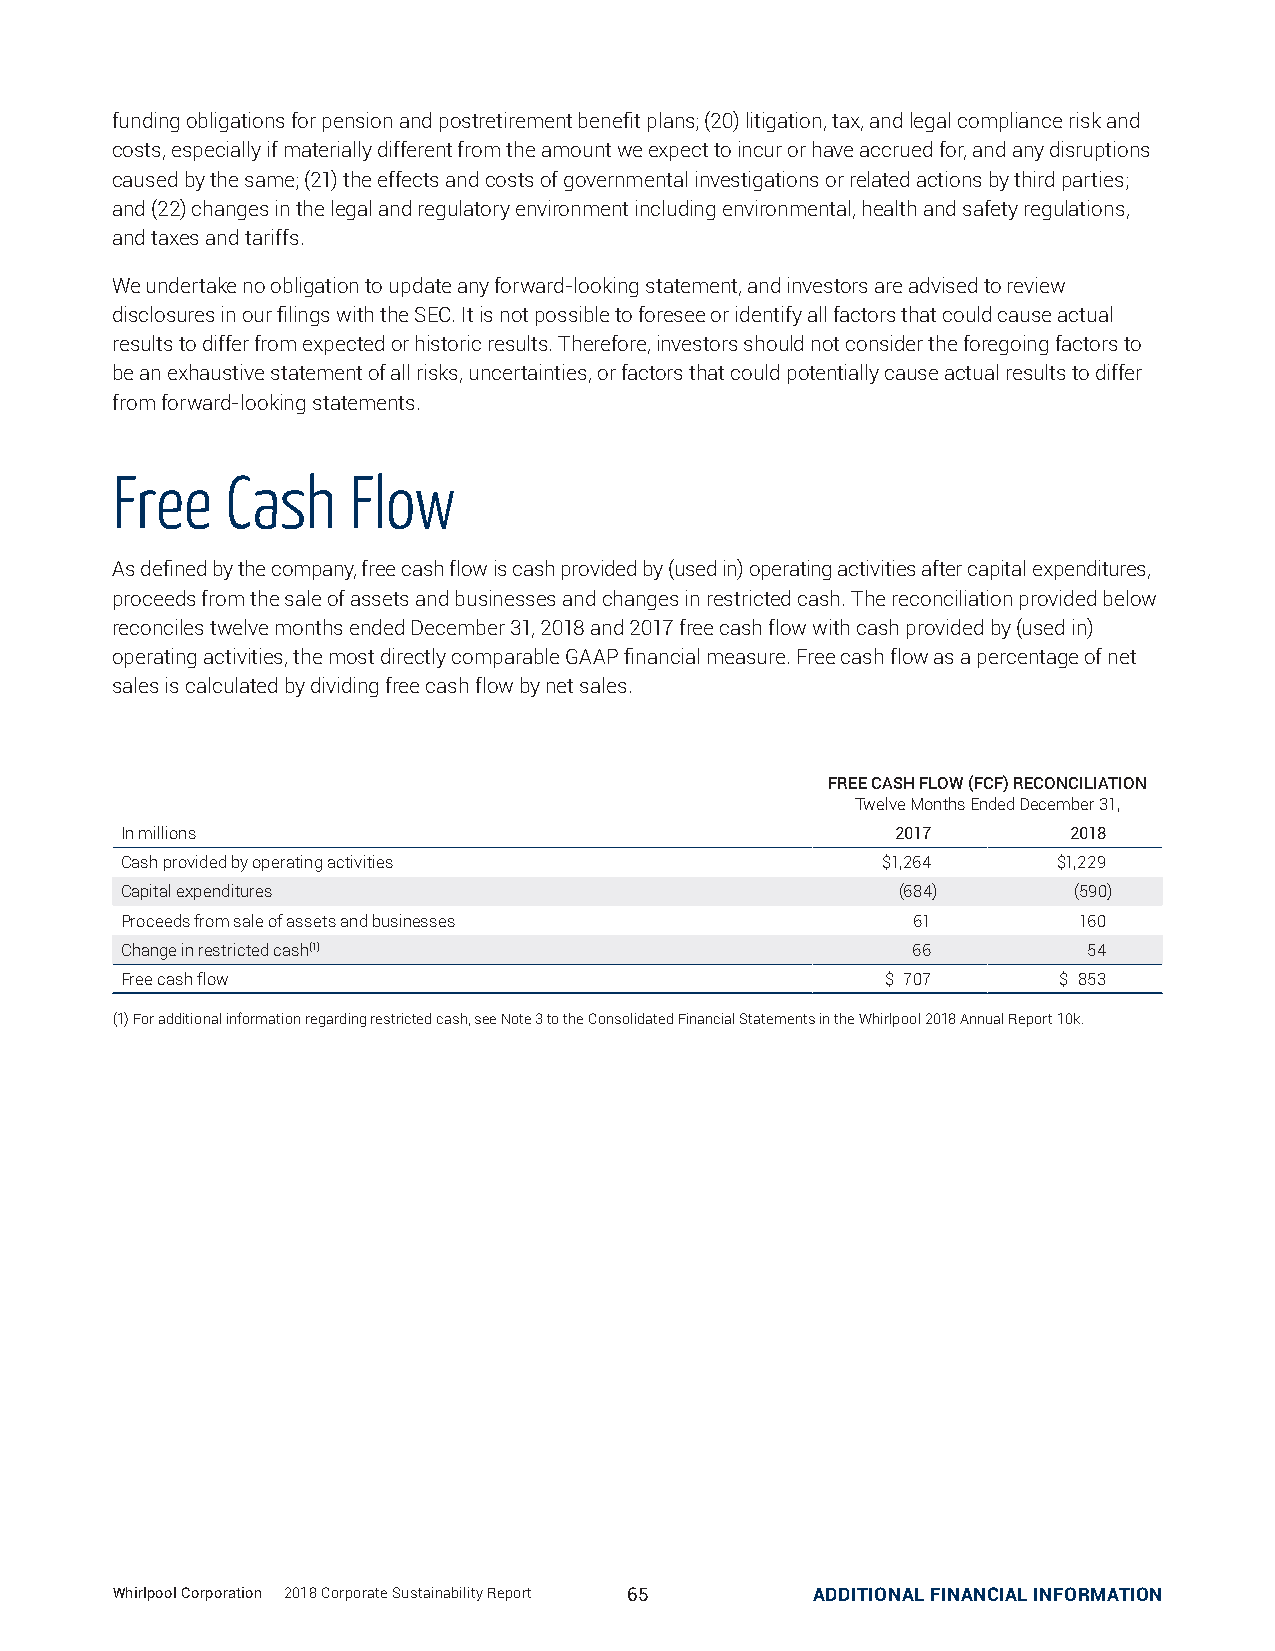
funding obligations for pension and postretirement benefit plans; (20) litigation, tax, and legal compliance risk and
 costs, especially if materially different from the amount we expect to incur or have accrued for, and any disruptions
 caused by the same; (21) the effects and costs of governmental investigations or related actions by third parties;
 and (22) changes in the legal and regulatory environment including environmental, health and safety regulations,
 and taxes and tariffs.
 We undertake no obligation to update any forward-looking statement, and investors are advised to review
 disclosures in our filings with the SEC. It is not possible to foresee or identify all factors that could cause actual
 results to differ from expected or historic results. Therefore, investors should not consider the foregoing factors to
 be an exhaustive statement of all risks, uncertainties, or factors that could potentially cause actual results to differ
 from forward-looking statements.
 Free    Cash    Flow
 As defined by the company, free cash flow is cash provided by (used in) operating activities after capital expenditures,
 proceeds from the sale of assets and businesses and changes in restricted cash. The reconciliation provided below
 reconciles twelve months ended December 31, 2018 and 2017 free cash flow with cash provided by (used in)
 operating activities, the most directly comparable GAAP financial measure. Free cash flow as a percentage of net
 sales is calculated by dividing free cash flow by net sales.
 FREE CASH FLOW (FCF) RECONCILIATION
 Twelve Months Ended December 31,
 In millions                                        2017        2018
 Cash provided by operating activities             $1,264      $1,229
 Capital expenditures                               (684)       (590)
 Proceeds from sale of assets and businesses         61         160
 Change in restricted cash(1)                        66          54
 Free cash flow                                     $ 707      $ 853
 (1) For additional information regarding restricted cash, see Note 3 to the Consolidated Financial Statements in the Whirlpool 2018 Annual Report 10k.
 WWhhiirrllppooooll CCoorrppoorraattiioonn || 22001188 CCoorrppoorraattee SSuussttaaiinnaabbiilliittyy RReeppoorrtt 6655 ADDITIONAL FSIUNSATNACINIAALB ILNEF PORROMDAUTCIOTNS